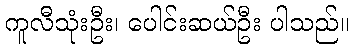
ကူလီသုံးဦး၊ ပေါင်းဆယ်ဦး ပါသည်။